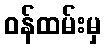
ဝန်ထမ်းမှ